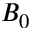
B _ { 0 }